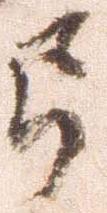
弓